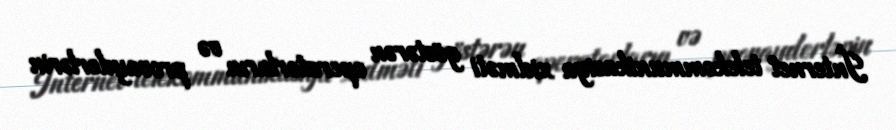
İnternet telekommunikasiya xidməti göstərən operatorların və provayderlərin